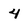
Character: 4